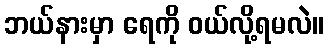
ဘယ်နားမှာ ရေကို ဝယ်လို့ရမလဲ။